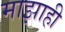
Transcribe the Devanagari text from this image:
माझाही